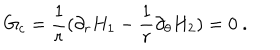
G _ { c } = \frac { 1 } { r } ( \partial _ { r } H _ { 1 } - \frac { 1 } { r } \partial _ { \theta } H _ { 2 } ) = 0 \ .